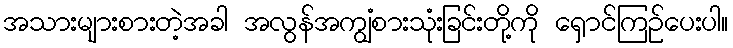
အသားများစားတဲ့အခါ အလွန်အကျွံစားသုံးခြင်းတို့ကို ရှောင်ကြဉ်ပေးပါ။